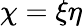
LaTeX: \chi=\xi\eta